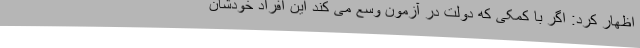
اظهار کرد: اگر با کمکی که دولت در آزمون وسع می کند این افراد خودشان